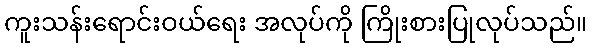
ကူးသန်းရောင်းဝယ်ရေး အလုပ်ကို ကြိုးစားပြုလုပ်သည်။